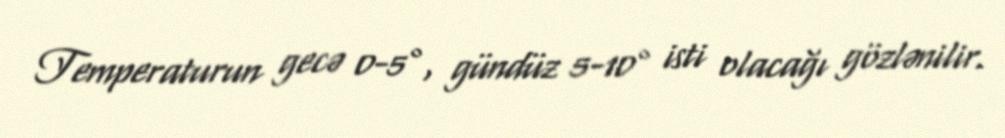
Temperaturun gecə 0-5°, gündüz 5-10° isti olacağı gözlənilir.